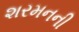
શરમનની